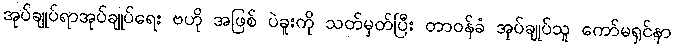
အုပ်ချုပ်ရာအုပ်ချုပ်ရေး ဗဟို အဖြစ် ပဲခူးကို သတ်မှတ်ပြီး တာဝန်ခံ အုပ်ချုပ်သူ ကော်မရှင်နာ